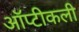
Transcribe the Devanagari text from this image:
ऑप्टीकली